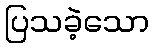
ပြသခဲ့သော